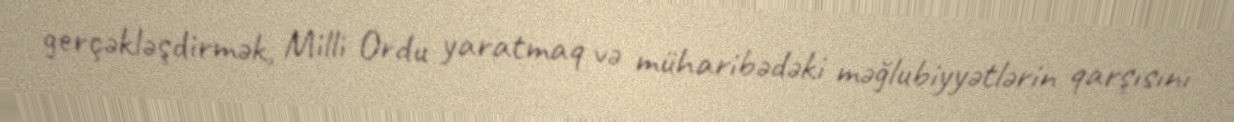
gerçəkləşdirmək, Milli Ordu yaratmaq və müharibədəki məğlubiyyətlərin qarşısını